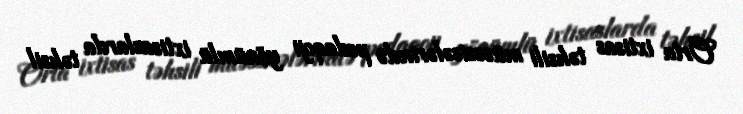
Orta ixtisas təhsili müəssisələrində pedaqoji yönümlü ixtisaslarda təhsil